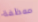
موظفة